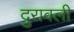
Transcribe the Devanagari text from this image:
दुरावली